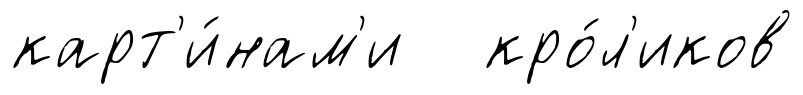
карт'и́нам'и кро́л'иков